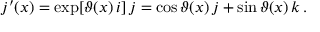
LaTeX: j ^ { \prime } ( x ) = \exp [ \vartheta ( x ) \, i ] \, j = \cos \vartheta ( x ) \, j + \sin \vartheta ( x ) \, k \, .